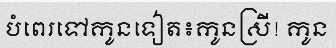
បំពេរទៅកូនទៀត៖កូនស្រី! កូន